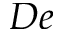
D e